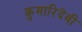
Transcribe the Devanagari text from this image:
कुमारिदेवी